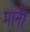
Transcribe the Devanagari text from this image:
मानीं